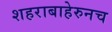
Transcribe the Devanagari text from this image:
शहराबाहेरुनच